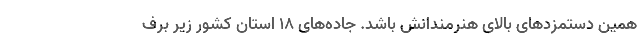
همین دستمزدهای بالای هنرمندانش باشد. جاده‌های ۱۸ استان کشور زیر برف